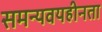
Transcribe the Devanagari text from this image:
समन्यवयहीनता